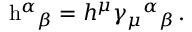
\mathrm { h } ^ { \alpha } { } _ { \beta } = h ^ { \mu } \gamma _ { \mu } { } ^ { \alpha } { } _ { \beta } \, .